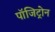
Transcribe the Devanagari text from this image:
पॉजिट्रोन